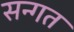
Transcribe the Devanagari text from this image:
सन्गत